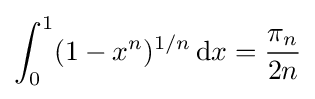
\int _{0}^{1}(1-x^{n})^{1/n}\,\mathrm {d} x={\frac {\pi _{n}}{2n}}